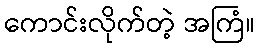
ကောင်းလိုက်တဲ့ အကြံ။